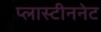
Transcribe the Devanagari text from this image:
प्लास्टीननेट